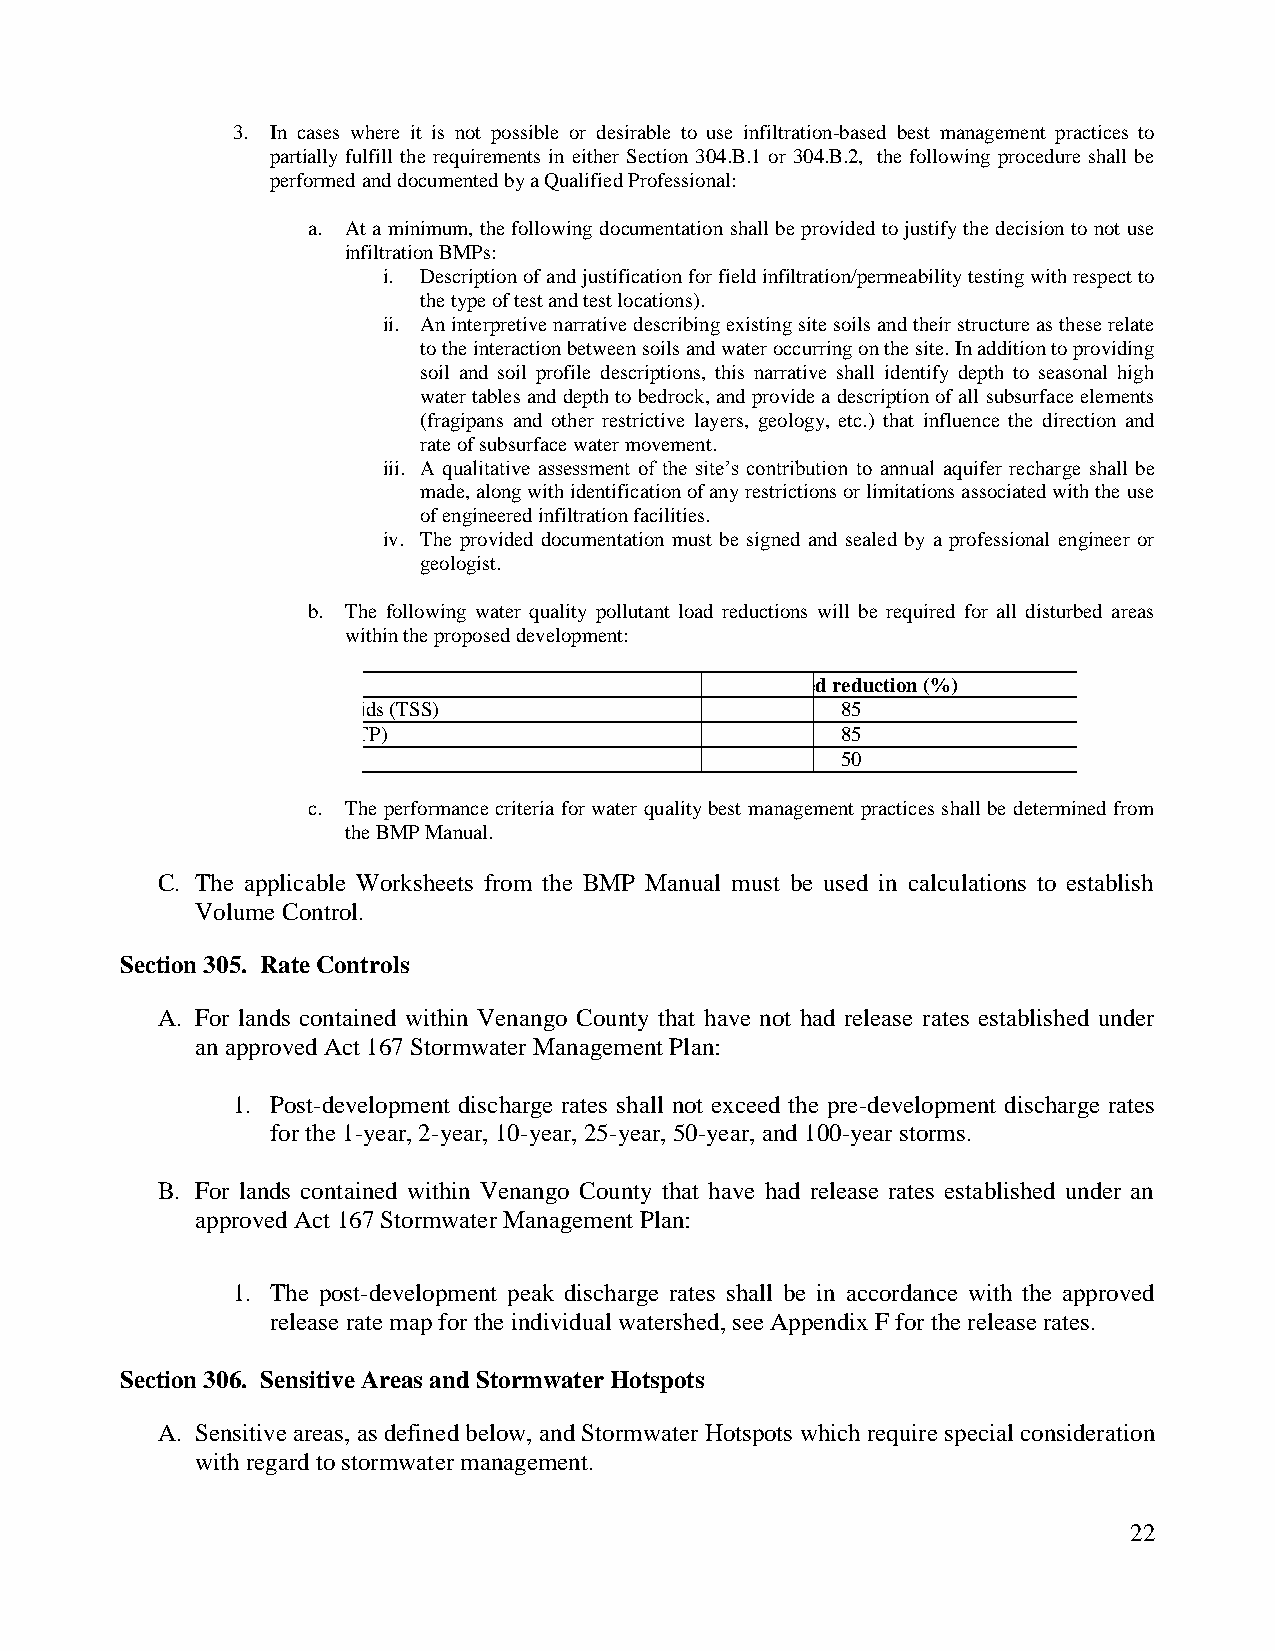
3. In cases where it is not possible or desirable to use infiltration-based best management practices to
 partially fulfill the requirements in either Section 304.B.1 or 304.B.2, the following procedure shall be
 performed and documented by a Qualified Professional:
 a. At a minimum, the following documentation shall be provided to justify the decision to not use
 infiltration BMPs:
 i. Description of and justification for field infiltration/permeability testing with respect to
 the type of test and test locations).
 ii. An interpretive narrative describing existing site soils and their structure as these relate
 to the interaction between soils and water occurring on the site. In addition to providing
 soil and soil profile descriptions, this narrative shall identify depth to seasonal high
 water tables and depth to bedrock, and provide a description of all subsurface elements
 (fragipans and other restrictive layers, geology, etc.) that influence the direction and
 rate of subsurface water movement.
 iii. A qualitative assessment of the site‟s contribution to annual aquifer recharge shall be
 made, along with identification of any restrictions or limitations associated with the use
 of engineered infiltration facilities.
 iv. The provided documentation must be signed and sealed by a professional engineer or
 geologist.
 b. The following water quality pollutant load reductions will be required for all disturbed areas
 within the proposed development:
 Pollutant Load         Units         Required reduction (%)
 Total Suspended Solids (TSS) Pounds         85
 Total Phosphorous (TP) Pounds               85
 Total Nitrate (NO )    Pounds               50
 3
 c. The performance criteria for water quality best management practices shall be determined from
 the BMP Manual.
 C. The applicable Worksheets from the BMP Manual must be used in calculations to establish
 Volume Control.
 Section 305. Rate Controls
 A. For lands contained within Venango County that have not had release rates established under
 an approved Act 167 Stormwater Management Plan:
 1. Post-development discharge rates shall not exceed the pre-development discharge rates
 for the 1-year, 2-year, 10-year, 25-year, 50-year, and 100-year storms.
 B. For lands contained within Venango County that have had release rates established under an
 approved Act 167 Stormwater Management Plan:
 1. The post-development peak discharge rates shall be in accordance with the approved
 release rate map for the individual watershed, see Appendix F for the release rates.
 Section 306. Sensitive Areas and Stormwater Hotspots
 A. Sensitive areas, as defined below, and Stormwater Hotspots which require special consideration
 with regard to stormwater management.
 22